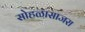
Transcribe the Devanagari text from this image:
सोहळासाजरा